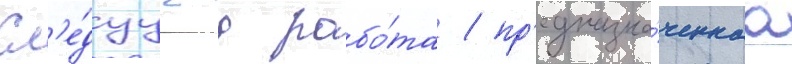
Сл'е́дуущаа рабо́та / пр'едназна́ченнаа